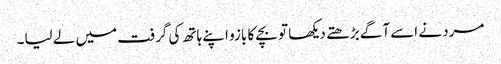
مرد نے اسے آگے بڑھتے دیکھا تو بچے کا بازو اپنے ہاتھ کی گرفت میں لے لیا۔